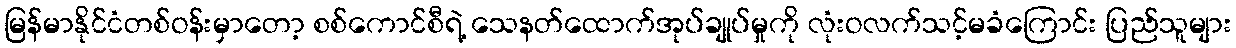
မြန်မာနိုင်ငံတစ်ဝန်းမှာတော့ စစ်ကောင်စီရဲ့ သေနတ်ထောက်အုပ်ချုပ်မှုကို လုံးဝလက်သင့်မခံကြောင်း ပြည်သူများ